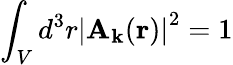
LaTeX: \int_{V}d^{3}r\left|\mathbf{A}_{\mathbf{k}}(\mathbf{r})\right|^{2}=1